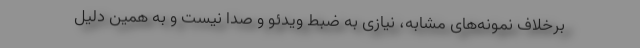
برخلاف نمونه‌های مشابه، نیازی به ضبط وید‌ئو و صدا نیست و به همین دلیل